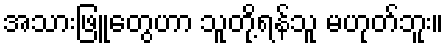
အသားဖြူတွေဟာ သူတို့ရန်သူ မဟုတ်ဘူး။